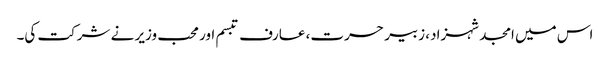
اس میں امجد شہزاد، زبیر حسرت، عارف تبسم اور محب وزیر نے شرکت کی۔